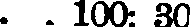
. . 100: 30